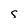
Character: S